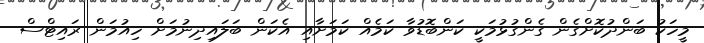
މީހަކު ބަންދުކޮށްގެން ގެންގުޅުމަކީ ކަންބޮޑުވާ ކަމެއް ކަމަށާއި އެކަން ބަލައިދިނުމަށް ހިއުމަން ރައިޓްސް